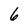
Character: 6